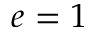
e = 1